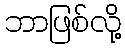
ဘာဖြစ်လို့